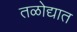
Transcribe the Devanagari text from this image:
तळोद्यात